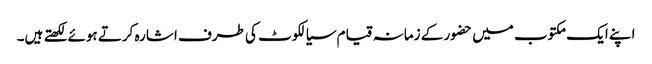
اپنے ایک مکتوب میں حضور کے زمانہ قیام سیالکوٹ کی طرف اشارہ کرتے ہوئے لکھتے ہیں۔